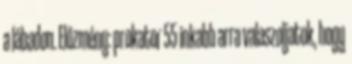
a lábadon. Előzmény: prokator 55 inkabb arra valaszoljatok, hogy